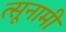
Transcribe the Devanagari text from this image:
त्सूनामी